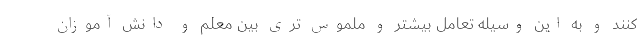
کنند و به این وسیله تعامل بیشتر و ملموس تری بین معلم و دانش آموزان